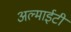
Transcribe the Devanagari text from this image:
अल्माईटी